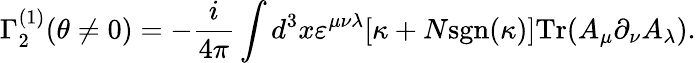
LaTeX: \Gamma_{2}^{(1)}(\theta\neq 0)=-\frac{i}{4\pi}\int d^{3}x\varepsilon^{\mu\nu\lambda}[\kappa+N\mathrm{sgn}(\kappa)]\mathrm{Tr}(A_{\mu}\partial_{\nu}A_{\lambda}).